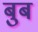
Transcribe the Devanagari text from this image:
बुब